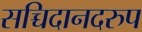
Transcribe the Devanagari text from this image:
सच्चिदानदरुप